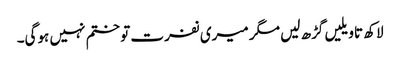
لاکھ تاویلیں گڑھ لیں مگر میری نفرت تو ختم نہیں ہوگی۔